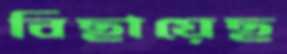
বিছায়েছ